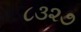
૮૩૨૭